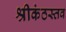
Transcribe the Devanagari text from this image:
श्रीकंठस्तव